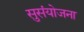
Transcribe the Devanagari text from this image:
सुसंयोजना